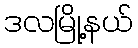
ဒလမြို့နယ်